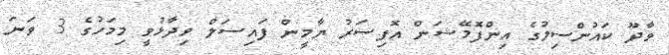
ވާދޫ ކައުންސިލުގެ އިންފޮމޭޝަން އޮފިސަރު ޔާމީން ފައިސަލް ވިދާޅުވީ މިމަހުގެ 3 ވަނަ